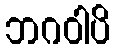
ဘဂဝါပိ